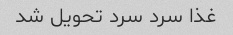
غذا سرد سرد تحویل شد